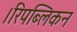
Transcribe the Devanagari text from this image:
।रिपब्लिकन